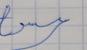
Signature authenticity: forged